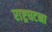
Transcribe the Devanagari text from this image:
राष्ट्रघटना